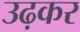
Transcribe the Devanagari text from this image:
उढ़कर